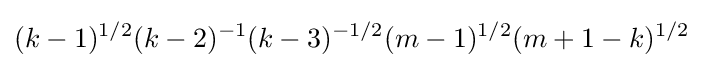
(k-1)^{1/2}(k-2)^{-1}(k-3)^{-1/2}(m-1)^{1/2}(m+1-k)^{1/2}